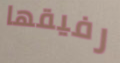
رفيقها